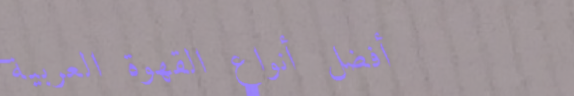
أفضل أنواع القهوة العربية